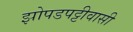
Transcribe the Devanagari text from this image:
झोपडपट्टीवासी